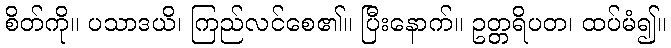
စိတ်ကို။ ပသာဒယိ၊ ကြည်လင်စေ၏။ ပြီးနောက်။ ဥတ္တရိပတ၊ ထပ်မံ၍။